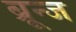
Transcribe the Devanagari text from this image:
ब्रून्ज